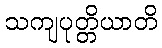
သကျပုတ္တိယာတိ